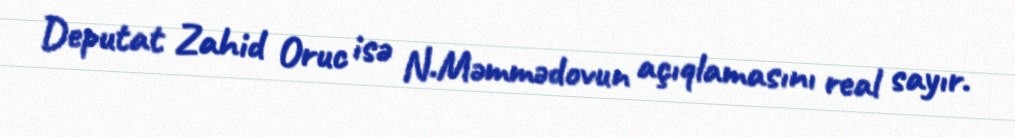
Deputat Zahid Oruc isə N.Məmmədovun açıqlamasını real sayır.